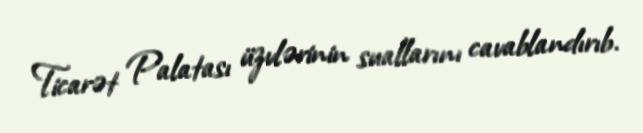
Ticarət Palatası üzvlərinin suallarını cavablandırıb.